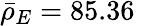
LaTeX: \bar{\rho}_{E}=85.36\